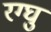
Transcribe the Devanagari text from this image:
रग्घु